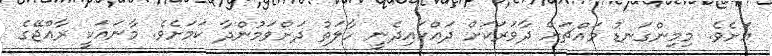
އަށެވެ. މިމިންގަނޑު މައްޗަށް ދާވަރަކަށް ދައްކައިދެނީ ހާލަތު ދަށްވަމުންދާ ކަމަށެވެ. މާނައަކީ ރާއްޖޭގެ